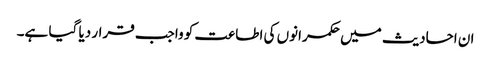
ان احادیث میں حکمرانوں کی اطاعت کو واجب قرار دیا گیا ہے۔